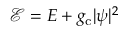
\mathcal { E } = E + g _ { \mathrm { c } } | \psi | ^ { 2 }